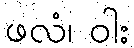
ဖလံ၊ ဝါး